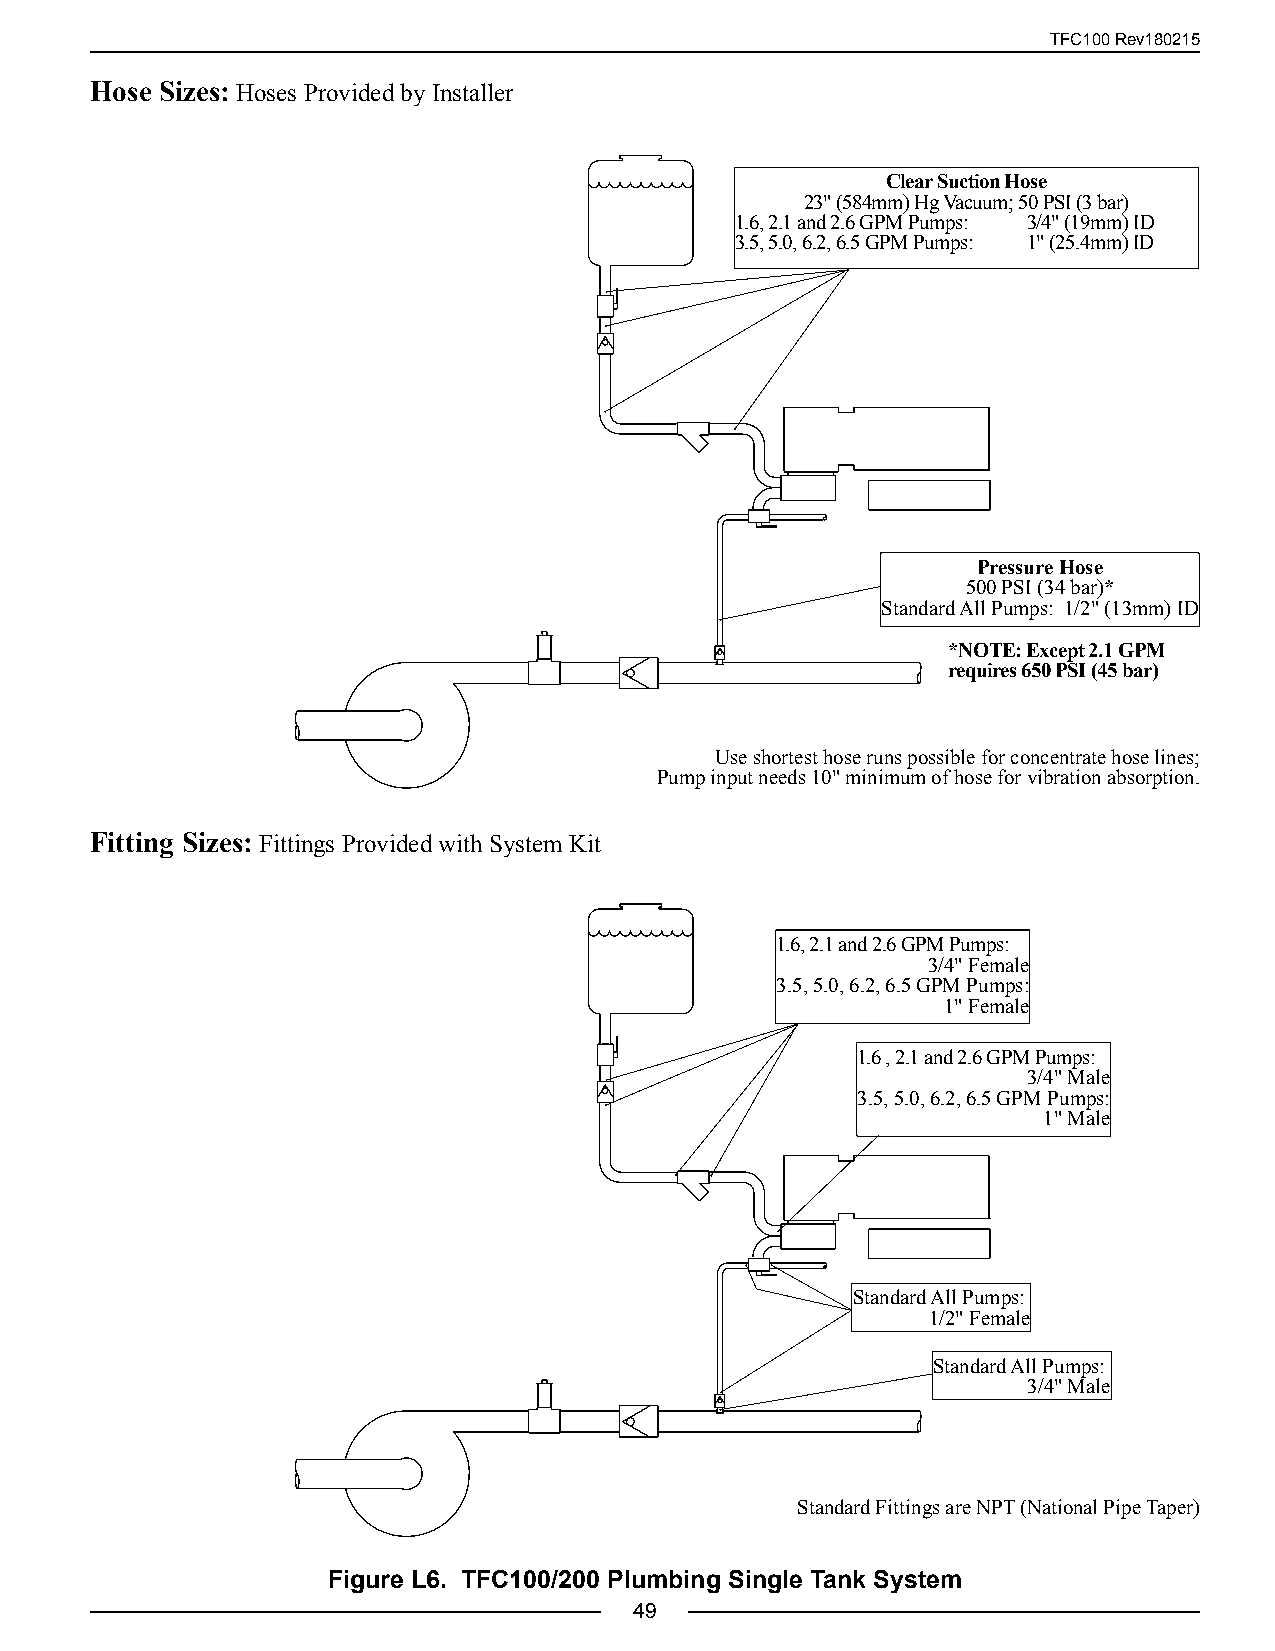
TFC100 Rev180215
 Hose Sizes: Hoses Provided by Installer
 Clear Suction Hose
 23" (584mm) Hg Vacuum; 50 PSI (3 bar)
 1.6, 2.1 and 2.6 GPM Pumps: 3/4" (19mm) ID
 3.5, 5.0, 6.2, 6.5 GPM Pumps: 1" (25.4mm) ID
 Pressure Hose
 500 PSI (34 bar)*
 Standard All Pumps: 1/2" (13mm) ID
 *NOTE: Except 2.1 GPM
 requires 650 PSI (45 bar)
 Use shortest hose runs possible for concentrate hose lines;
 Pump input needs 10" minimum of hose for vibration absorption.
 Fitting Sizes: Fittings Provided with System Kit
 1.6, 2.1 and 2.6 GPM Pumps:
 3/4" Female
 3.5, 5.0, 6.2, 6.5 GPM Pumps:
 1" Female
 1.6 , 2.1 and 2.6 GPM Pumps:
 3/4" Male
 3.5, 5.0, 6.2, 6.5 GPM Pumps:
 1" Male
 Standard All Pumps:
 1/2" Female
 Standard All Pumps:
 3/4" Male
 Standard Fittings are NPT (National Pipe Taper)
 Figure L6. TFC100/200 Plumbing Single Tank System
 49